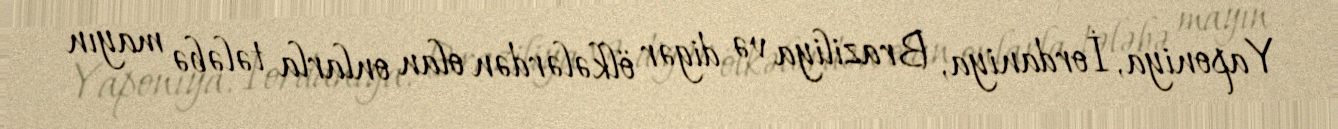
Yaponiya, İordaniya, Braziliya və digər ölkələrdən olan onlarla tələbə mayın